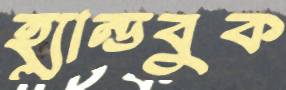
হ্যান্ডবুক